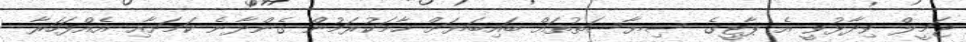
ޖަމީލް ވިދާޅުވީ އެ ޕާޓީގެ ސިޔާސަތުތައް ބައިބަޔަށް ހާމަކުރަމުން ގެންދާނެ ކަމަށާއި އެއްފަހަރާ